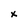
Character: x